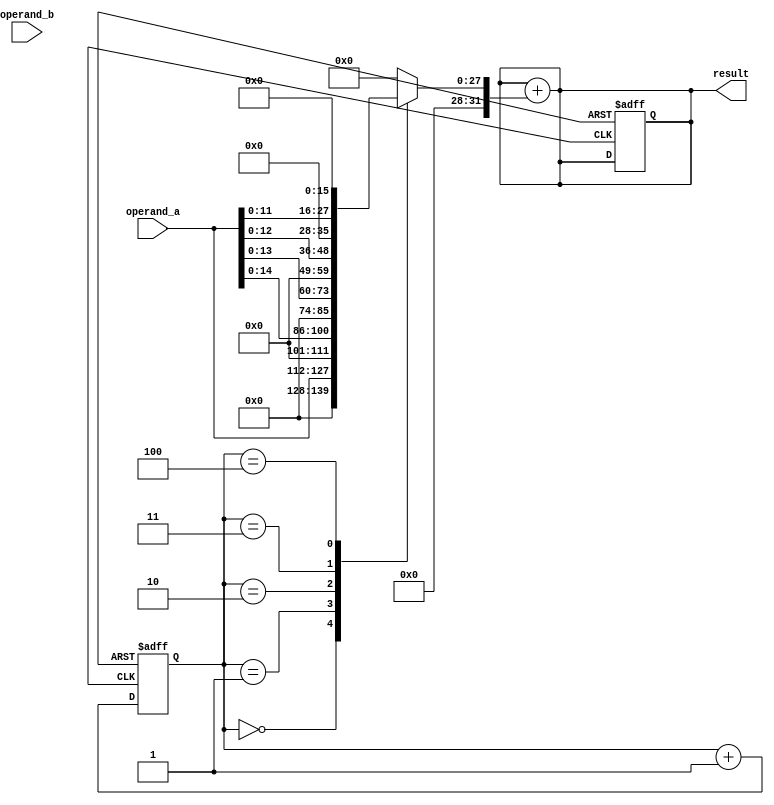
module booth_multiplier (
    input [15:0] operand_a,
    input [15:0] operand_b,
    output reg [31:0] result
);

reg [31:0] multiplier;
reg [31:0] partial_product;
reg [4:0] count;

always @(*) begin
    multiplier = {operand_b, 16'b0}; // Sign extend operand_b

    case (count)
        0: partial_product = {16'b0, operand_a};
        1: partial_product = {operand_a[14:0], 2'b0};
        2: partial_product = {operand_a[13:0], 4'b0};
        3: partial_product = {operand_a[12:0], 8'b0};
        4: partial_product = {operand_a[11:0], 16'b0};
        default: partial_product = 32'b0;
    endcase

    case (multiplier[1:0])
        2'b00: result = result + partial_product;
        2'b01: result = result - partial_product;
        2'b10: ; // No operation
        2'b11: ; // No operation
    endcase
end

always @ (posedge clk or negedge rst_n) begin
    if (~rst_n) begin
        result <= 32'b0;
        count <= 0;
    end else begin
        count <= count + 1;
    end
end

endmodule